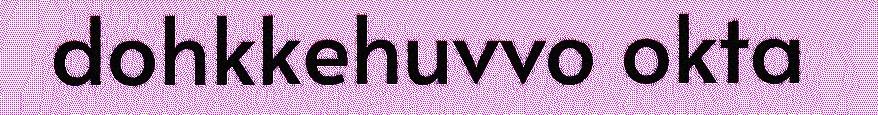
dohkkehuvvo okta